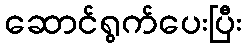
ဆောင်ရွက်ပေးပြီး